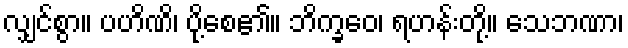
လျှင်စွာ။ ပဟိဏိ၊ ပို့စေ၏။ ဘိက္ခဝေ၊ ရဟန်းတို့။ သေဘဏာ၊